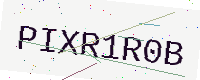
Text: PIXR1R0B